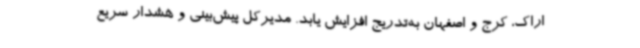
اراک، کرج و اصفهان به‌تدریج افزایش یابد. مدیرکل پیش‌بینی و هشدار سریع